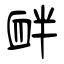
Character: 衅